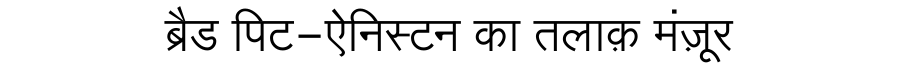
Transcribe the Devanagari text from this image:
ब्रैड पिट-ऐनिस्टन का तलाक़ मंज़ूर